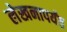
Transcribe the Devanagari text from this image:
लेखनापर्यंत